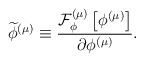
\begin{align*}\widetilde{\phi }^{\left( \mu \right) }\equiv \frac{{\cal F}_{\phi }^{\left(\mu \right) }\left[ \phi ^{\left( \mu \right) }\right] }{\partial \phi^{\left( \mu \right) }}. \end{align*}